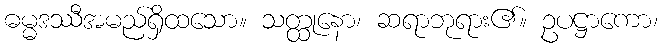
ဓမ္မဒဿီအမည်ရှိထသော။ သတ္ထုနော၊ ဆရာဘုရား၏။ ဥပဋ္ဌာကော၊